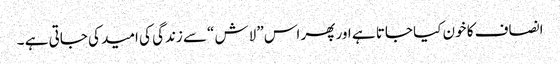
انصاف کا خون کیا جاتا ہے اور پھر اس” لاش “سے زندگی کی امید کی جاتی ہے ۔